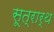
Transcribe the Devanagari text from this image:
सूत्रार्थ